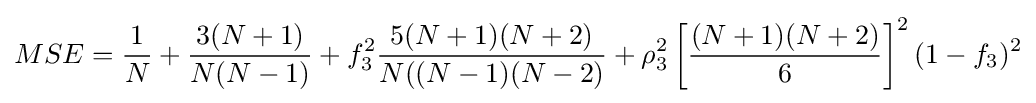
MSE={\frac {1}{N}}+{\frac {3(N+1)}{N(N-1)}}+f_{3}^{2}{\frac {5(N+1)(N+2)}{N((N-1)(N-2)}}+\rho _{3}^{2}\left[{\frac {(N+1)(N+2)}{6}}\right]^{2}(1-f_{3})^{2}